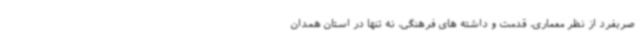
صربفرد از نظر معماری، قدمت و داشته های فرهنگی، نه تنها در استان همدان